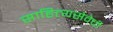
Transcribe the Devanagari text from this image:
साहित्यसेवेची